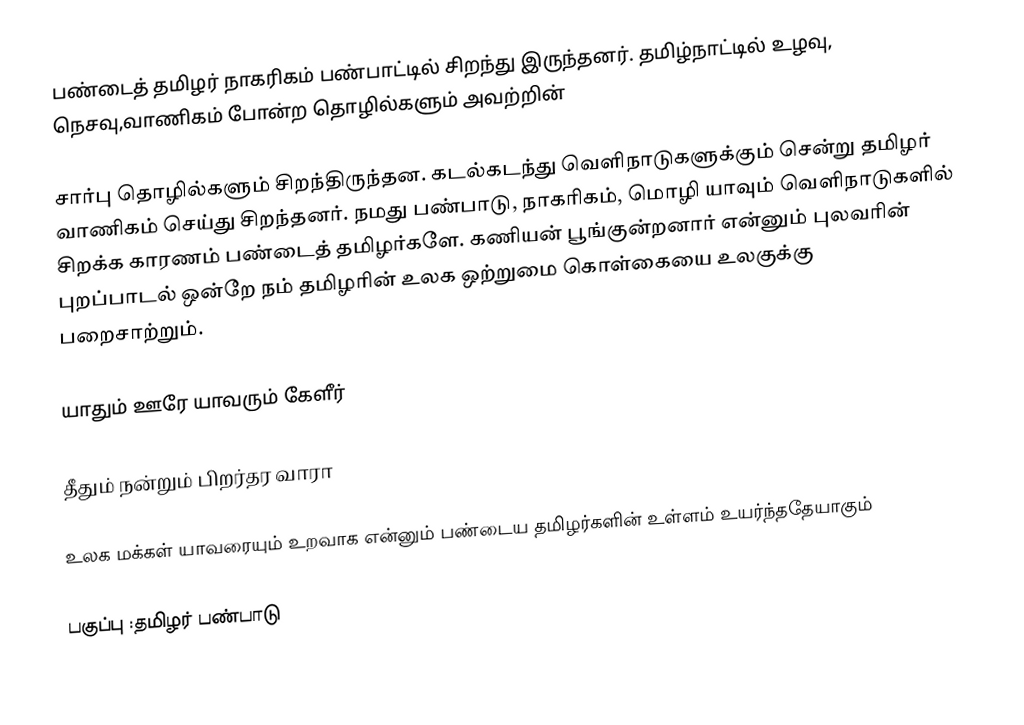
பண்டைத் தமிழர் நாகரிகம் பண்பாட்டில் சிறந்து இருந்தனர். தமிழ்நாட்டில் உழவு, நெசவு,வாணிகம் போன்ற தொழில்களும் அவற்றின்

சார்பு தொழில்களும் சிறந்திருந்தன. கடல்கடந்து வெளிநாடுகளுக்கும் சென்று தமிழர் வாணிகம் செய்து சிறந்தனர். நமது பண்பாடு, நாகரிகம், மொழி யாவும் வெளிநாடுகளில் சிறக்க காரணம் பண்டைத் தமிழர்களே. கணியன் பூங்குன்றனார் என்னும் புலவரின் புறப்பாடல் ஒன்றே நம் தமிழரின் உலக ஒற்றுமை கொள்கையை உலகுக்கு பறைசாற்றும்.

யாதும் ஊரே யாவரும் கேளீர்

தீதும் நன்றும் பிறர்தர வாரா

உலக மக்கள் யாவரையும் உறவாக என்னும் பண்டைய தமிழர்களின் உள்ளம் உயர்ந்ததேயாகும்

பகுப்பு :தமிழர் பண்பாடு